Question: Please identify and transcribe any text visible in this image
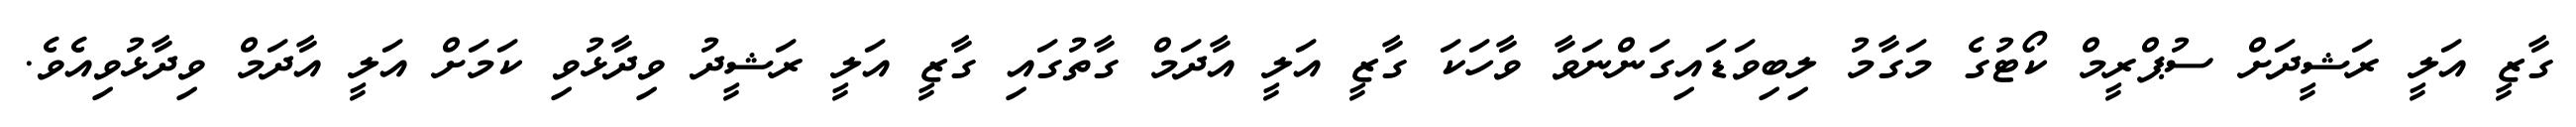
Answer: ގާޒީ އަލީ ރަޝީދަށް ސުޕްރީމް ކޯޓުގެ މަގާމު ލިބިވަޑައިގަންނަވާ ވާހަކަ ގާޒީ އަލީ އާދަމް ގާތުގައި ގާޒީ އަލީ ރަޝީދު ވިދާޅުވި ކަމަށް އަލީ އާދަމް ވިދާޅުވިއެވެ.